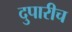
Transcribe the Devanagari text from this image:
दुपारीच